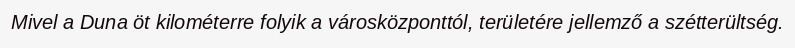
Mivel a Duna öt kilométerre folyik a városközponttól, területére jellemző a szétterültség.